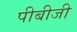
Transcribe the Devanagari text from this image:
पीबीजी